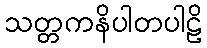
သတ္တကနိပါတပါဠိ